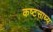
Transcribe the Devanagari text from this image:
कष्‍टसाध्‍य